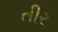
તીર